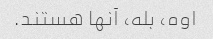
اوه، بله، آنها هستند.